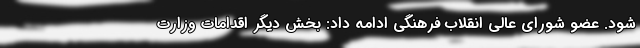
شود. عضو شورای عالی انقلاب فرهنگی ادامه داد: بخش دیگر اقدامات وزارت